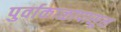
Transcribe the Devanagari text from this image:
पुर्वाकाळापासून